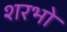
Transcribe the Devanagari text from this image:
शरभो